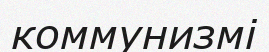
коммунизмі